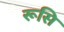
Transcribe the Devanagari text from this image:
रूसि